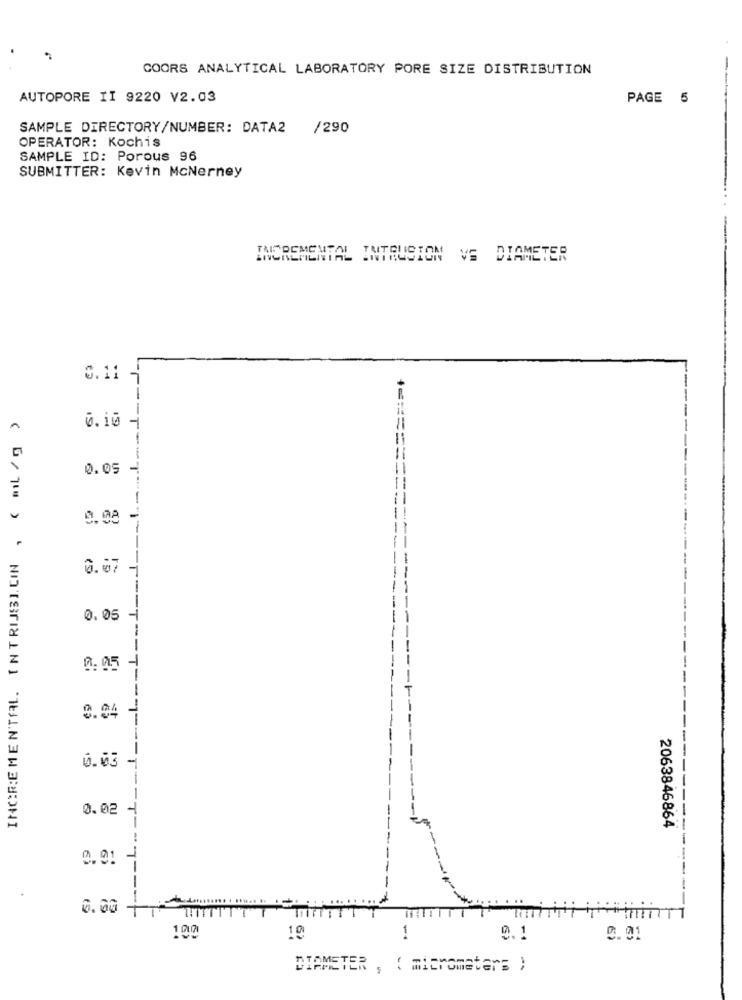
COORS ANALYTICAL LABORATORY PORE SIZE DISTRIBUTION
-
AUTOPORE II 9220 V2.03
PAGE 5
SAMPLE DIRECTORY/NUMBER: DATA2
/290
OPERATOR: Kochis
SAMPLE ID: Porous 96
SUBMITTER: Kevin McNerney
CREMENTAL INTERES
TATOUSION VS DIAMETER
0.11 -
INCREMENTAL. INTRIJSI. CIN , ( ml /g )
0.10 -
=======
0.05 -
. 08
0.07 -
0.05
0:05
0.04
---
0.03
0.02
-
2063846864
0.91
0.00 -
1
100
10
0.1
0.01
DIAMETER , ( micrometer; )